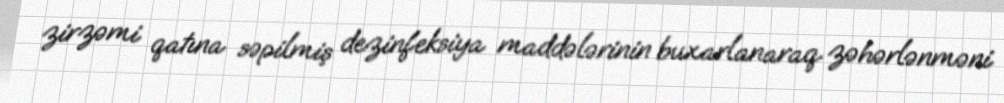
zirzəmi qatına səpilmiş dezinfeksiya maddələrinin buxarlanaraq zəhərlənməni